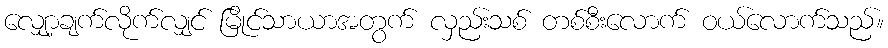
လျှော့ချက်လိုက်လျှင် မြိုင်သာယာအတွက် လှည်းသစ် တစ်စီးလောက် ဝယ်လောက်သည်။